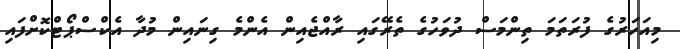
މިއަހަރުގެ ފުރަތަމަ ތިންމަސް ދުވަހުގެ ތެރޭގައި ރާއްޖެއިން އެންމެ ގިނައިން މުދާ އެކްސްޕޯޓްކޮށްފައި